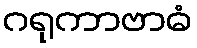
ဂရုကာဗာဓံ